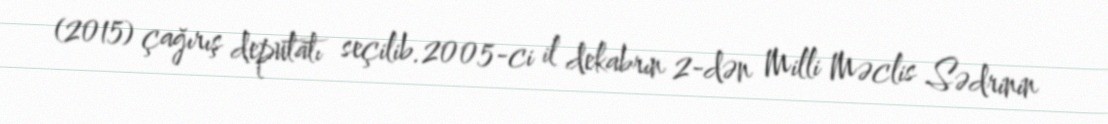
(2015) çağırış deputatı seçilib.2005-ci il dekabrın 2-dən Milli Məclis Sədrinin